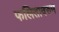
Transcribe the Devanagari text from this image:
फलितावरुन